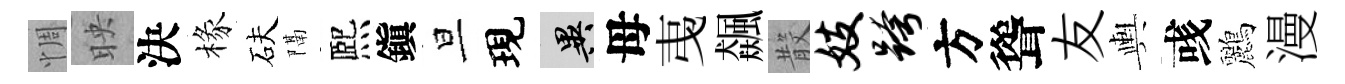
惆映決椽砆隔熈鎭旦現异母𢎯飆𣪚妓跨方聳友輿彧鸝漫